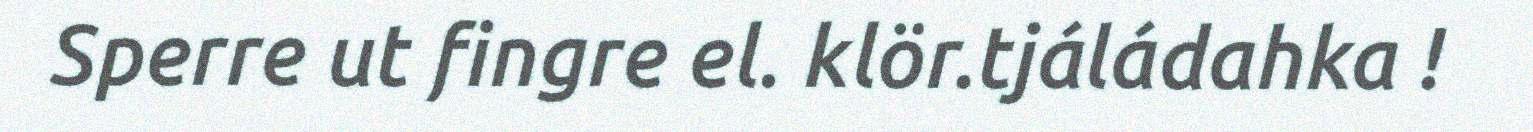
Sperre ut fingre el. klör.tjáládahka !